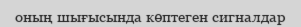
оның шығысында көптеген сигналдар